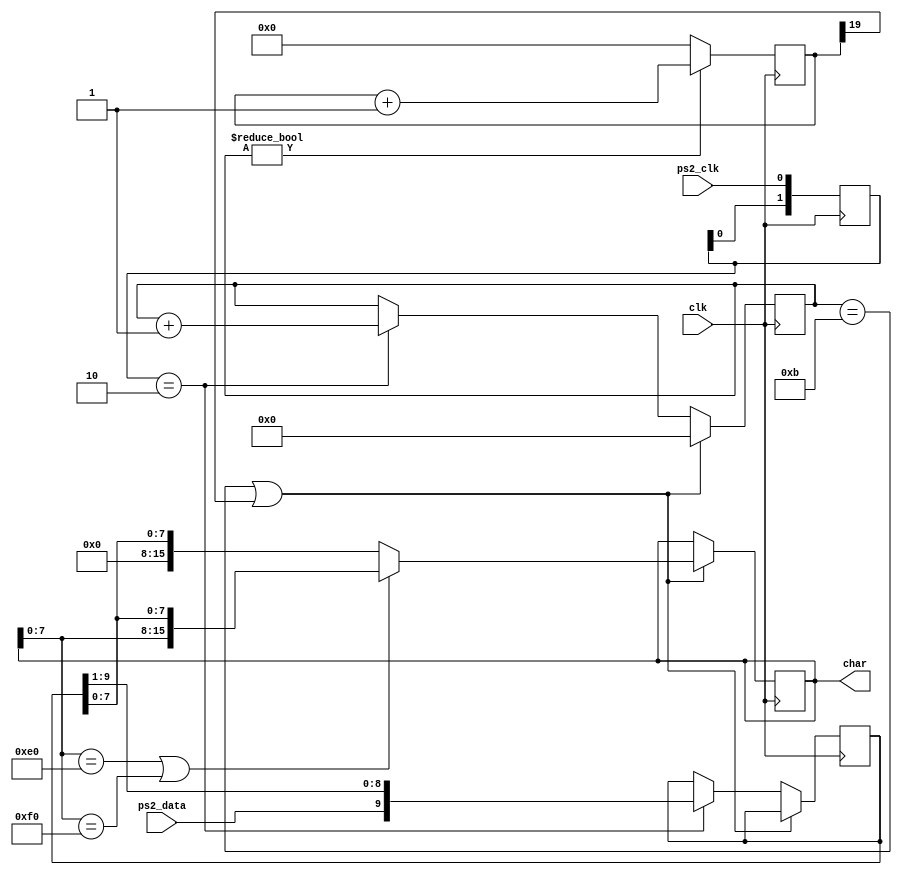
`timescale 1ns / 1ps
//////////////////////////////////////////////////////////////////////////////////
// Company: UT Dallas
// Engineer: 
// 
// Design Name: 
// Module Name: keyboard
// Project Name: 
// Target Devices: 
// Tool Versions: 
// Description: 
// 
// Dependencies: 
// 
// Revision:
// Revision 0.01 - File Created
// Additional Comments:
// 
//////////////////////////////////////////////////////////////////////////////////

module keyboard(
   input clk,
   input ps2_clk,
   input ps2_data,
   output reg [15:0] char = 0
   );

   reg [9:0] bits = 0;
   reg [3:0] count = 0;
   reg [1:0] ps2_clk_prev2 = 2'b11;
   reg [19:0] timeout = 0;
   
   always @(posedge clk)
      ps2_clk_prev2 <= {ps2_clk_prev2[0], ps2_clk};
      
   always @(posedge clk)
   begin
      if((count == 11) || (timeout[19] == 1))
      begin
         count <= 0;
			//check for key up code or extended key code (E0)
			// extract the corresponding key scan code
         if((char[7:0] == 8'hE0) || (char[7:0] == 8'hF0))
			      char[15:0] <= {char[7:0], bits[7:0]};
         else
            char[15:0] <= {8'b0, bits[7:0]};
      end
      else
      begin
         if(ps2_clk_prev2 == 2'b10)
         begin
            count <= count + 1;
            bits <= {ps2_data, bits[9:1]};
         end
      end
   end
   
   always @(posedge clk)
      timeout <= (count != 0) ? timeout + 1 : 0;

endmodule